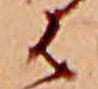
は